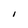
Character: I